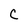
Character: C